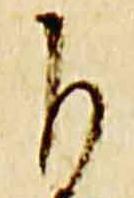
自